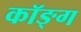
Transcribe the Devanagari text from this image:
कॉङ्‌ग